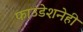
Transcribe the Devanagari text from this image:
फाउंडेशनेही